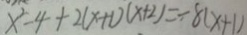
x ^ { 2 } - 4 + 2 ( x + 1 ) ( x + 2 ) = - 8 ( x + 1 )